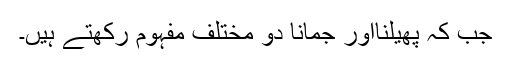
جب کہ پھیلنااور جمانا دو مختلف مفہوم رکھتے ہیں۔